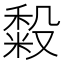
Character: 𰨴